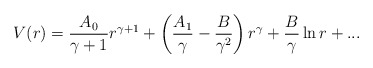
\begin{align*}V(r)={A_0\over \gamma+1}r^{\gamma+1}+\left({A_1\over \gamma}-{B\over \gamma^2}\right)r^{\gamma} + {B\over \gamma}\ln r+ ...\end{align*}